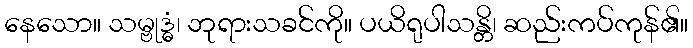
နေသော။ သမ္ဗုဒ္ဓံ၊ ဘုရားသခင်ကို။ ပယိရုပါသန္တိ၊ ဆည်းကပ်ကုန်၏။